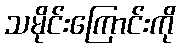
သမိုင်းကြောင်းကို